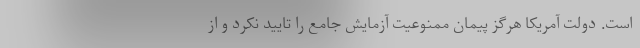
است. دولت آمریکا هرگز پیمان ممنوعیت آزمایش جامع را تایید نکرد و از